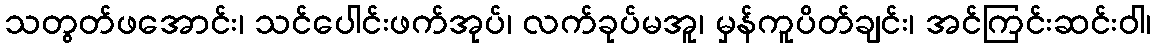
သတွတ်ဖအောင်း၊ သင်ပေါင်းဖက်အုပ်၊ လက်ခုပ်မအူ၊ မှန်ကူပိတ်ချင်း၊ အင်ကြင်းဆင်းဝါ၊